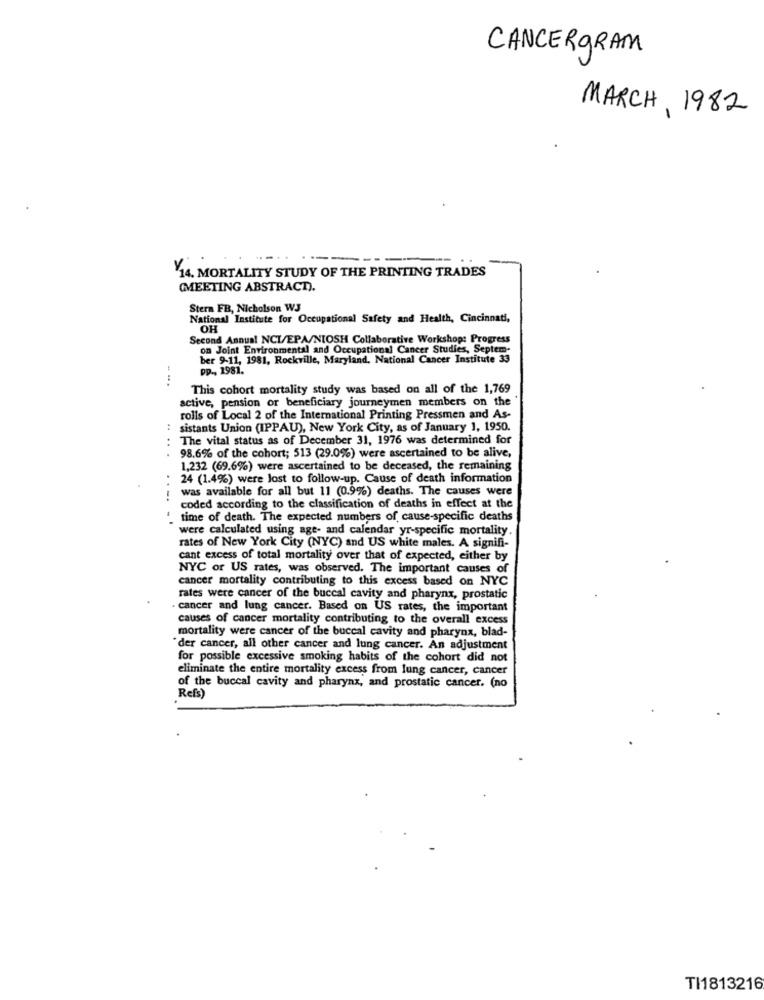
CANCERGRAM
MARCH, 1982
-------
¥14. MORTALITY STUDY OF THE PRINTING TRADES
(MEETING ABSTRACT).
Stera FB, Nicholson W3
National Institute for Occupational Safety and Health, Cincinnati,
OH
Second Annual NCI/EPA/NIOSH Collaborative Workshop: Progress
on Joint Environmental and Occupational Cancer Studies, Septem-
ber 9-11, 1981, Rockville, Maryland, National Cancer Institute 33
pp ., 1981.
...
This cohort mortality study was based on all of the 1,769
active, pension or beneficiary journeymen members on the
rolls of Local 2 of the International Printing Pressmen and As-
sistants Union (IPPAU), New York City, as of January 1, 1950.
The vital status as of December 31, 1976 was determined for
....
98.6% of the cohort; 513 (29.0%) were ascertained to be alive,
1,232 (69.6%) were ascertained to be deceased, the remaining
..
24 (1.4%) were lost to follow-up. Cause of death information
was available for all but 11 (0.9%) deaths. The causes were
coded according to the classification of deaths in effect at the
. time of death. The expected numbers of cause-specific deaths
were calculated using age- and calendar yr-specific mortality.
rates of New York City (NYC) and US white males. A signifi-
cant excess of total mortality over that of expected, either by
NYC or US rates, was observed. The important causes of
cancer mortality contributing to this excess based on NYC
rates were cancer of the buccal cavity and pharynx, prostatic
cancer and lung cancer. Based on US rates, the important
causes of cancer mortality contributing to the overall excess
mortality were cancer of the buccal cavity and pharynx, blad-
"der cancer, all other cancer and lung cancer. An adjustment
for possible excessive smoking habits of the cohort did not
eliminate the entire mortality excess from lung cancer, cancer
of the buccal cavity and pharynx, and prostatic cancer. (no
Refs)
TI1813216